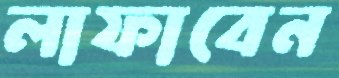
লাফাবেন